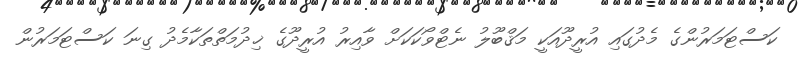
ކަސްޓަމަރުންގެ މެދުގައި އުރީދޫއަކީ މަޤްބޫލު ނެޓްވޯކަކަށް ވާއިރު އުރީދޫގެ ޚިދުމަތްތަކާމެދު ގިނަ ކަސްޓަމަރުން